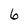
Character: 6